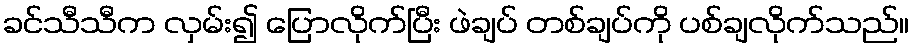
ခင်သီသီက လှမ်း၍ ပြောလိုက်ပြီး ဖဲချပ် တစ်ချပ်ကို ပစ်ချလိုက်သည်။